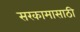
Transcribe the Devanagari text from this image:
सरकामासाठी